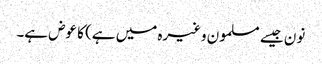
نون جیسے مسلمون وغیرہ میں ہے) کا عوض ہے۔